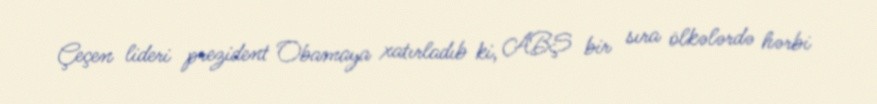
Çeçen lideri prezident Obamaya xatırladıb ki, ABŞ bir sıra ölkələrdə hərbi